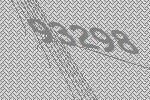
93298